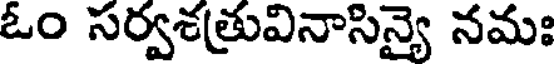
ఓం సర్వశత్రువినాసిన్యై నమః